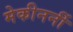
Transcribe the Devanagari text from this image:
मेकीनर्नी